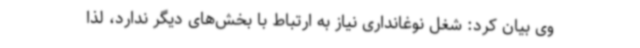
وی بیان کرد: شغل نوغانداری نیاز به ارتباط با بخش‌های دیگر ندارد، لذا